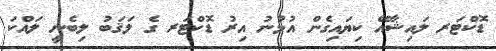
ޑޮކްޓަރ ލައިޝާއޭ ކިޔައިގެން އުޅުނު އިރު ޑޮކްޓަރ ގެ ލަޤަބު ލިބެނީ ލައްކަ